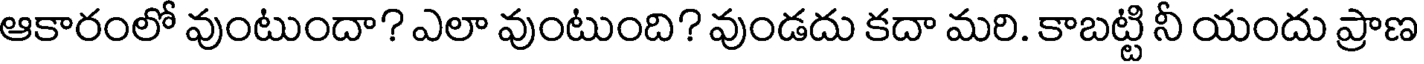
ఆకారంలో వుంటుందా? ఎలా వుంటుంది? వుండదు కదా మరి. కాబట్టి నీ యందు ప్రాణ